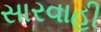
સારવાહી